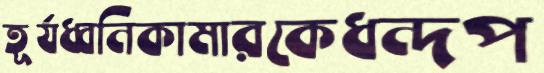
তূর্যধ্বনিকামারকেধন্দপ